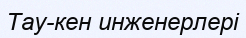
Тау-кен инженерлері